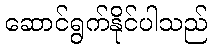
ဆောင်ရွက်နိုင်ပါသည်